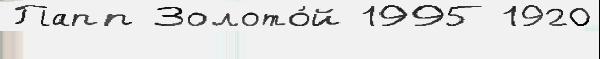
Папп Золото́й 1995 1920